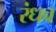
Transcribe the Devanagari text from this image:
रंधव